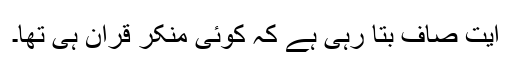
آیت صاف بتا رہی ہے کہ کوئی منکرِ قرآن ہی تھا۔